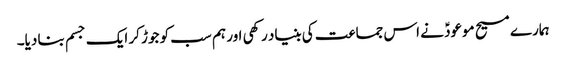
ہمارے مسیح موعودؑ نے اس جماعت کی بنیاد رکھی اور ہم سب کو جوڑ کر ایک جسم بنا دیا۔